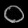
Digit: ၀